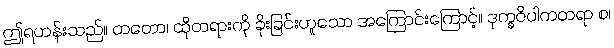
ဤရဟန်းသည်။ တတော၊ ထိုတရားကို ခိုးခြင်းဟူသော အကြောင်းကြောင့်။ ဒုက္ခဝိပါကတရာ စ၊